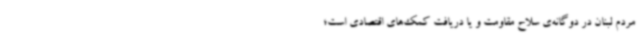
مردم لبنان در دوگانه‌ی سلاح مقاومت و یا دریافت کمک‌های اقتصادی است؛